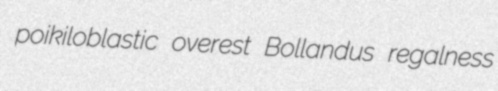
poikiloblastic overest Bollandus regalness